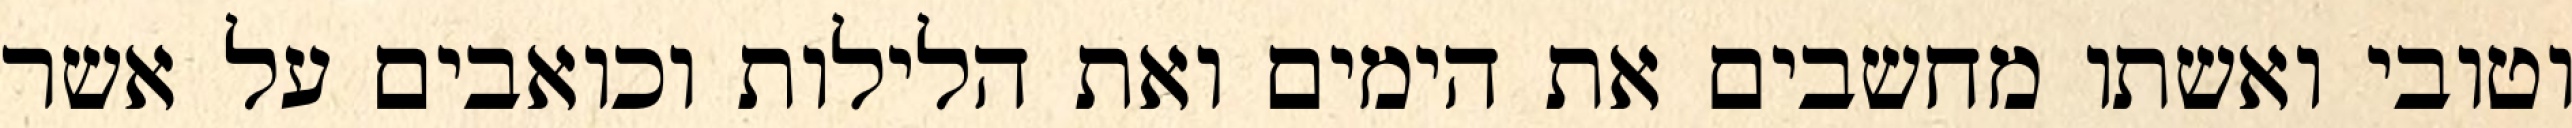
וטובי ואשתו מחשבים את הימים ואת הלילות וכואבים על אשר